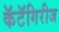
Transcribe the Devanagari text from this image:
कॅटॅगिरीज